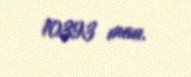
10393 man.